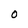
Character: O